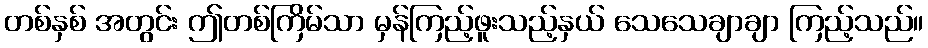
တစ်နှစ် အတွင်း ဤတစ်ကြိမ်သာ မှန်ကြည့်ဖူးသည့်နှယ် သေသေချာချာ ကြည့်သည်။